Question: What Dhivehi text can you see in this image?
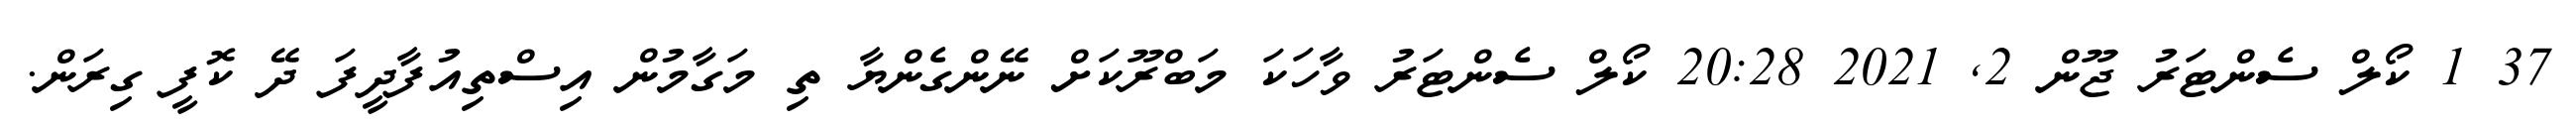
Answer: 37 1 ކޯލް ސެންޓަރު ޖޫން 2, 2021 20:28 ކޯލް ސެންޓަރު ވާހަކަ މަބްރޫކަށް ނޭންގެންޔާ ތި މަގާމުން އިސްތިއުފާދީފަ ދޭ ކޮފީ ގިރަން.